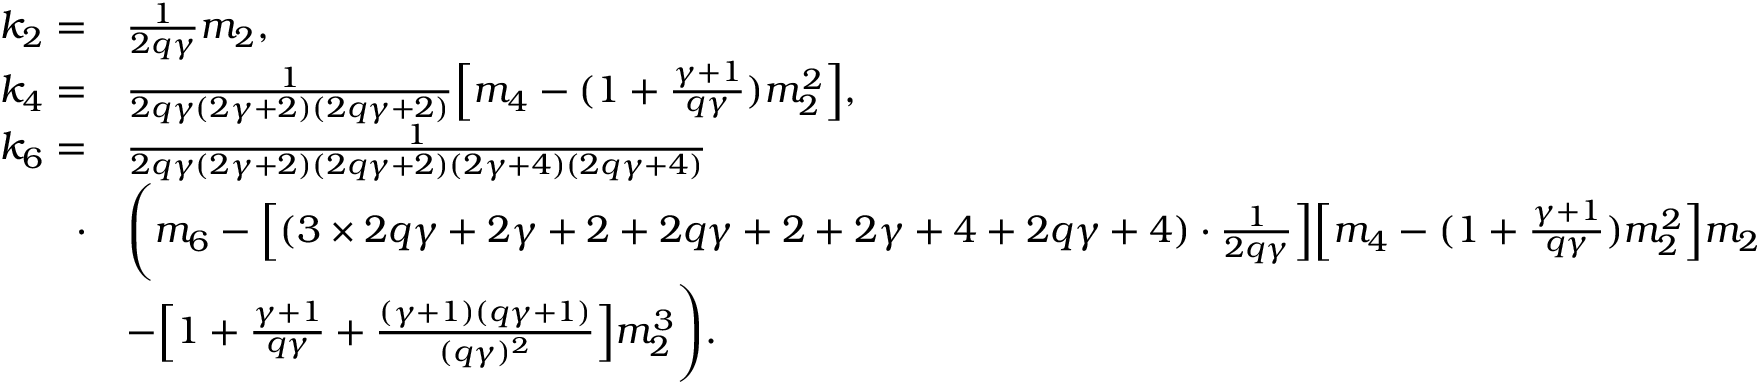
\begin{array} { r l } { k _ { 2 } = } & { \frac { 1 } { 2 q \gamma } m _ { 2 } , } \\ { k _ { 4 } = } & { \frac { 1 } { 2 q \gamma ( 2 \gamma + 2 ) ( 2 q \gamma + 2 ) } \Big [ m _ { 4 } - ( 1 + \frac { \gamma + 1 } { q \gamma } ) m _ { 2 } ^ { 2 } \Big ] , } \\ { k _ { 6 } = } & { \frac { 1 } { 2 q \gamma ( 2 \gamma + 2 ) ( 2 q \gamma + 2 ) ( 2 \gamma + 4 ) ( 2 q \gamma + 4 ) } } \\ { \cdot } & { \Bigg ( m _ { 6 } - \Big [ ( 3 \times 2 q \gamma + 2 \gamma + 2 + 2 q \gamma + 2 + 2 \gamma + 4 + 2 q \gamma + 4 ) \cdot \frac { 1 } { 2 q \gamma } \Big ] \Big [ m _ { 4 } - ( 1 + \frac { \gamma + 1 } { q \gamma } ) m _ { 2 } ^ { 2 } \Big ] m _ { 2 } } \\ & { - \Big [ 1 + \frac { \gamma + 1 } { q \gamma } + \frac { ( \gamma + 1 ) ( q \gamma + 1 ) } { ( q \gamma ) ^ { 2 } } \Big ] m _ { 2 } ^ { 3 } \Bigg ) . } \end{array}